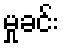
မှုခင်း